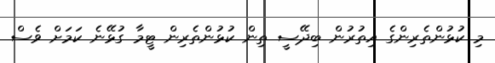
މި ކުޅުންތެރިންގެ އިތުރުން ބިދޭސީ ތިން ކުޅުންތެރިން ޓީމާ ގުޅޭނެ ކަމަށް ވެސް